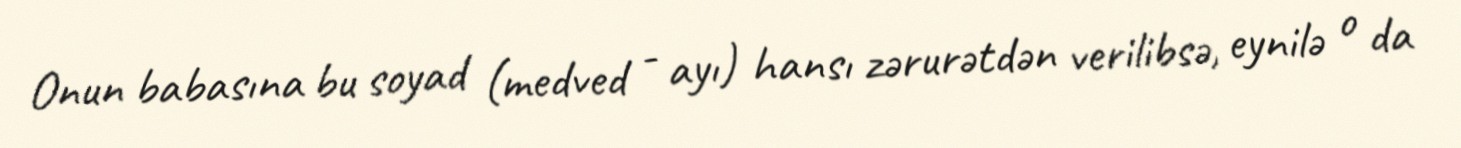
Onun babasına bu soyad (medved - ayı) hansı zərurətdən verilibsə, eynilə o da